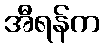
အီရန်က